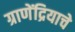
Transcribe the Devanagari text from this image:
ग्राणेंद्रियाचे